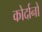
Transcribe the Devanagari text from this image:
कोर्दानों